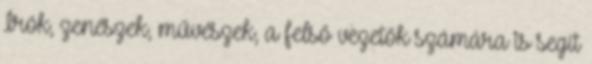
Írók, zenészek, művészek, a felső vezetők számára is segít